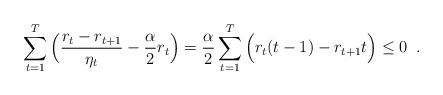
LaTeX: \begin{align*}\sum_{t=1}^{T}\Big(\frac{r_t - r_{t+1}}{\eta_t} - \frac{\alpha}{2}r_t\Big)=\frac{\alpha}{2}\sum_{t=1}^{T}\Big(r_t(t - 1) - r_{t+1}t\Big) \leq 0 \enspace.\end{align*}